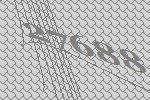
27688